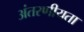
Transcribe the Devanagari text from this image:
अंतरणीयता